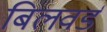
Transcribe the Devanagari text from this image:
बिलवर्ड